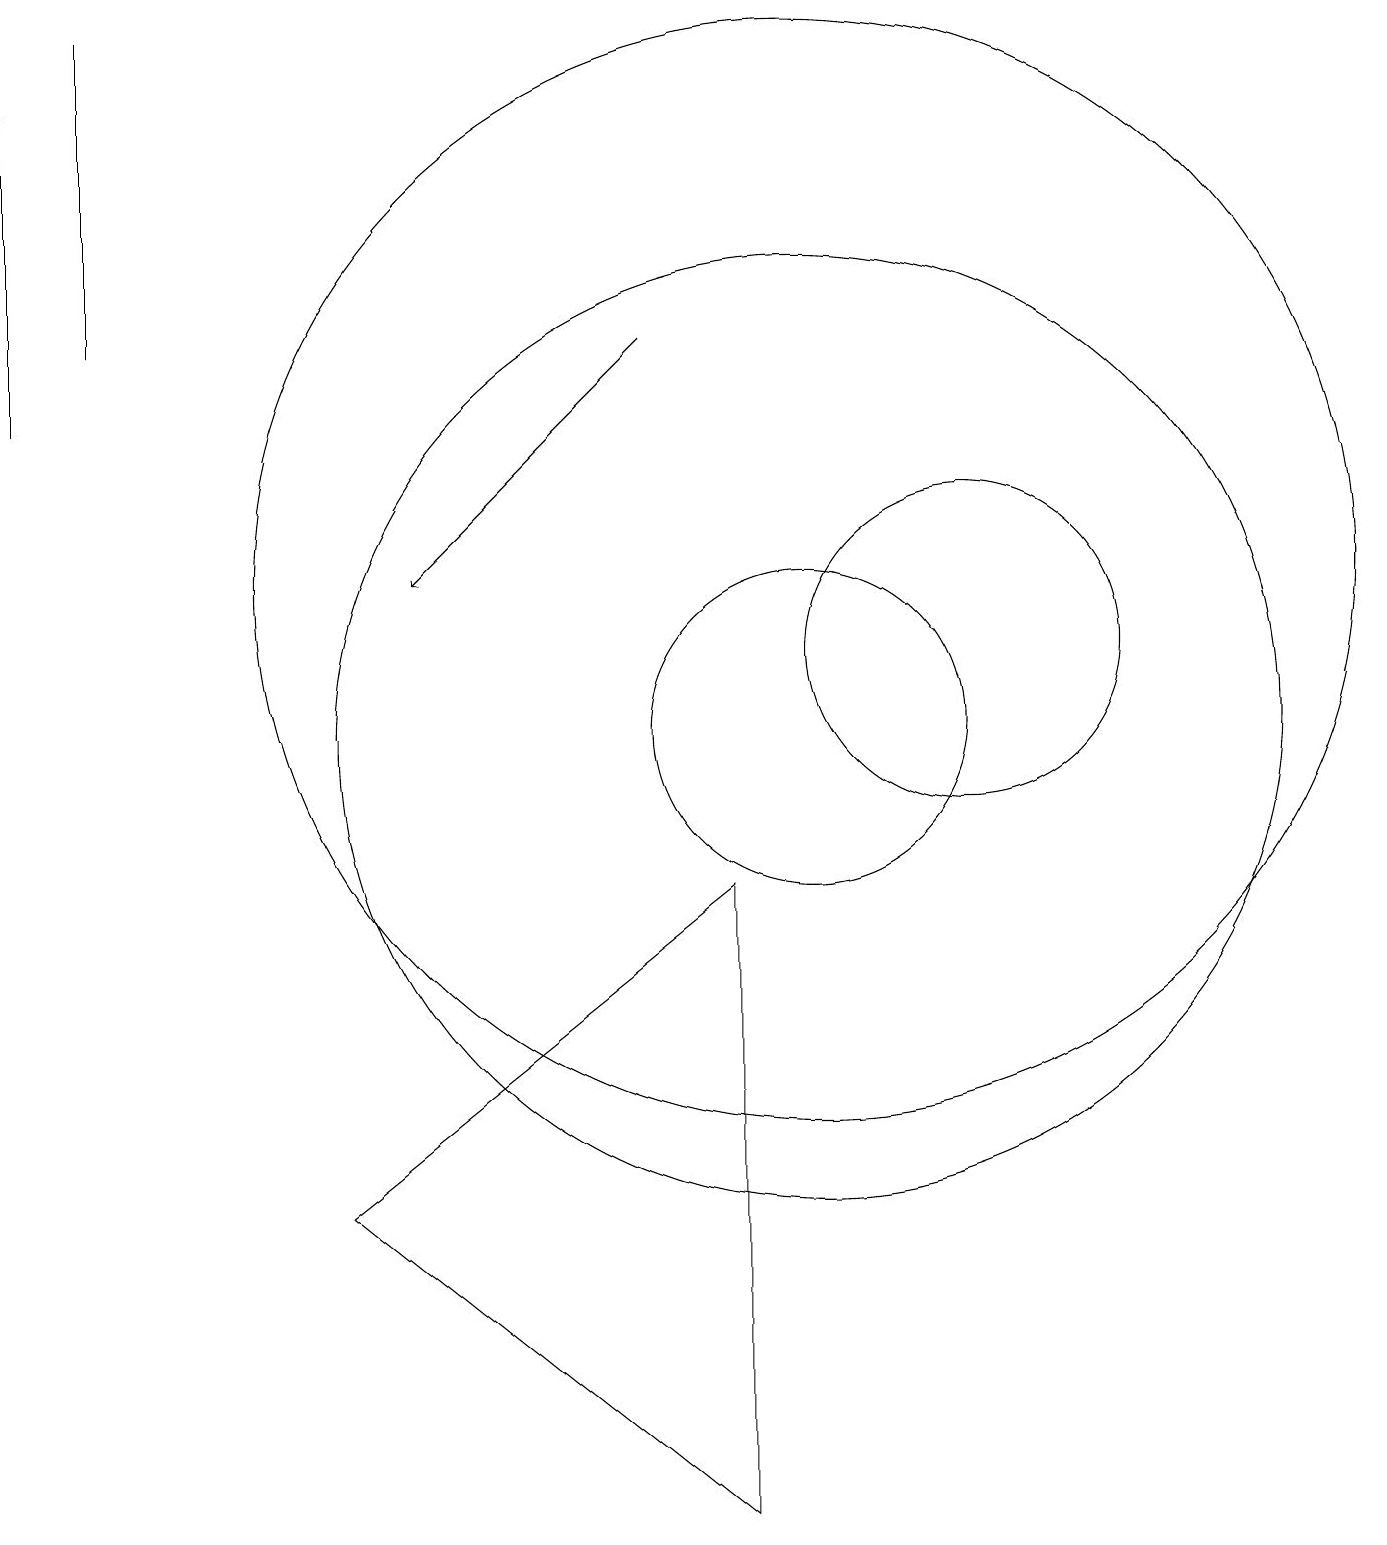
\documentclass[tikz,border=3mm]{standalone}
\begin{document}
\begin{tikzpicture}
\draw (0,18) rectangle (0,14);
\draw (1,19) rectangle (1,15);
\draw (12,11) circle (2);
\draw (9,0) -- (4,4) -- (9,8) -- cycle;
\draw (10,10) circle (6);
\draw (10,10) circle (2);
\draw (10,12) circle (7);
\draw[->] (8,15) -- (5,12);
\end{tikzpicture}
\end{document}